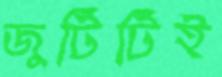
জুটিটিই